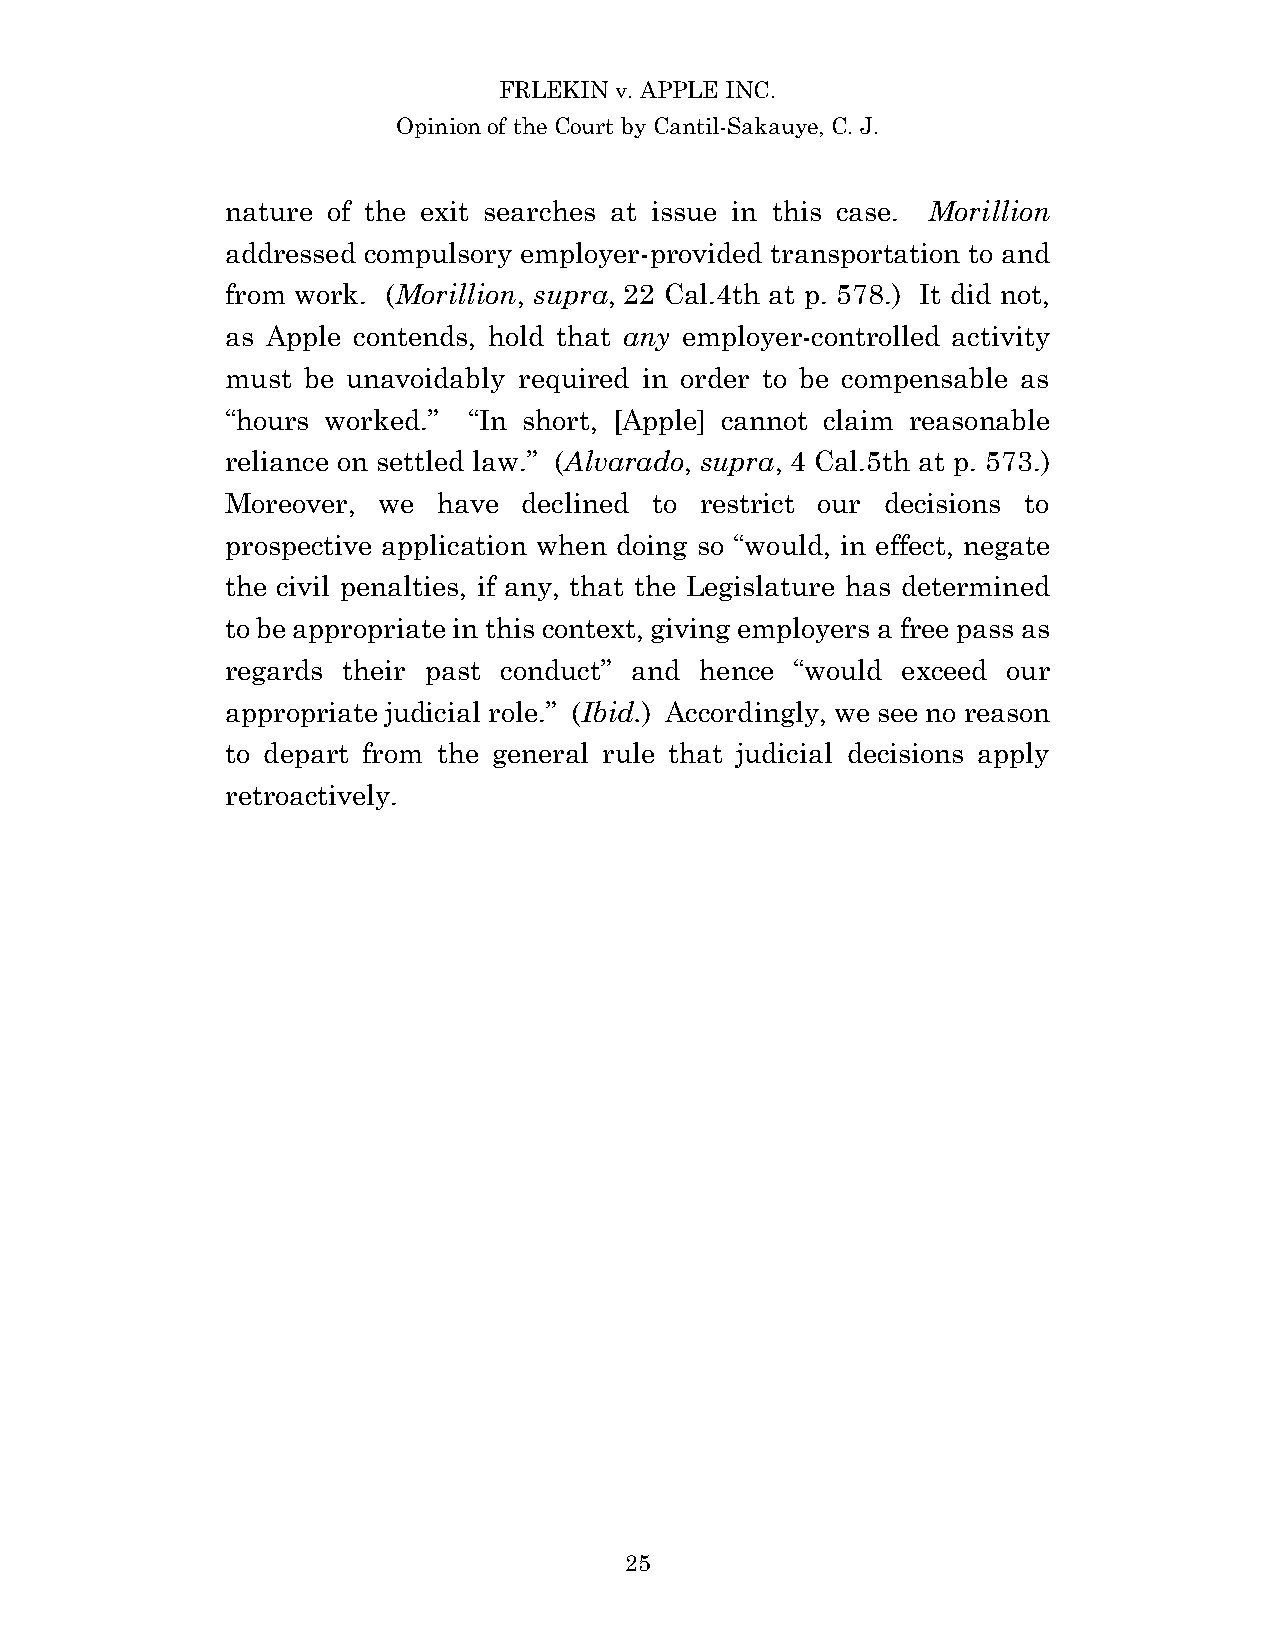
FRLEKIN v. APPLE INC.
 Opinion of the Court by Cantil-Sakauye, C. J.
 nature of the exit searches at issue in this case. Morillion
 addressed compulsory employer-provided transportation to and
 from work. (Morillion, supra, 22 Cal.4th at p. 578.) It did not,
 as Apple contends, hold that any employer-controlled activity
 must be unavoidably required in order to be compensable as
 “hours worked.” “In short, [Apple] cannot claim reasonable
 reliance on settled law.” (Alvarado, supra, 4 Cal.5th at p. 573.)
 Moreover, we  have  declined to restrict our decisions to
 prospective application when doing so “would, in effect, negate
 the civil penalties, if any, that the Legislature has determined
 to be appropriate in this context, giving employers a free pass as
 regards their past conduct” and hence “would exceed our
 appropriate judicial role.” (Ibid.) Accordingly, we see no reason
 to depart from the general rule that judicial decisions apply
 retroactively.
 25